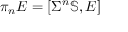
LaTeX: \displaystyle \pi _ { n } E = [ \Sigma ^ { n } \mathbb { S } , E ]